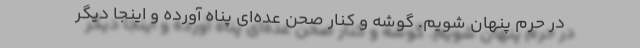
در حرم پنهان شویم. گوشه و کنار صحن عده‌ای پناه آورده و اینجا دیگر